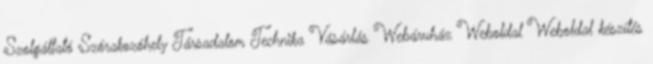
Szolgáltató Szórakozóhely Társadalom Technika Vásárlás Webáruház Weboldal Weboldal készítés